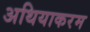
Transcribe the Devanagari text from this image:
अथियाकरम